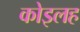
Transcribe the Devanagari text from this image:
कोइलह